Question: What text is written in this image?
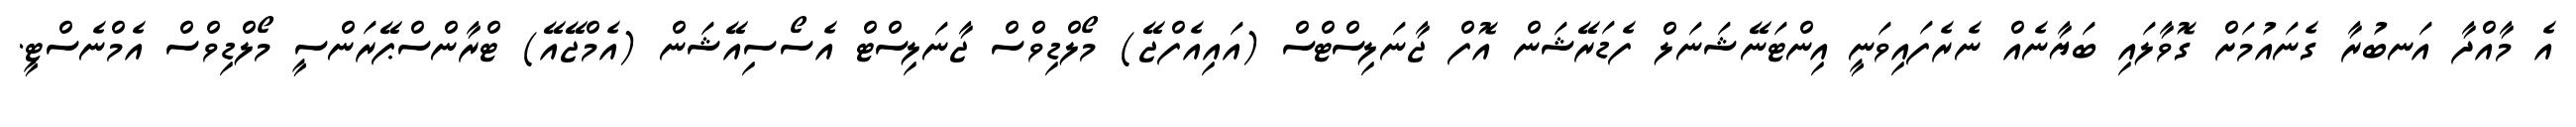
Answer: އެ މާއްދާ އަނބުރާ ގެނައުމަށް ގޮވާލައި ބަޔާނެއް ނެރެފައިވަނީ އިންޓަނޭޝަނަލް ފެޑަރޭޝަން އޮފް ޖާނަލިސްޓްސް (އައިއެފްޖޭ) މޯލްޑިވްސް ޖާނަލިސްޓް އެސޯސިއޭޝަން (އެމްޖޭއޭ) ޓްރާންސްޕޭރަންސީ މޯލްޑިވްސް އެމްނެސްޓީ.